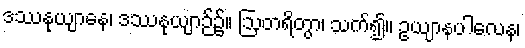
ဒဿနုယျာနေ၊ ဒဿနုယျာဉ်၌။ ဩတရိတွာ၊ သက်၍။ ဥယျာနပါလေန၊